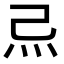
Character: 𤆔